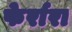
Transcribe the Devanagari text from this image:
फेर्रारा